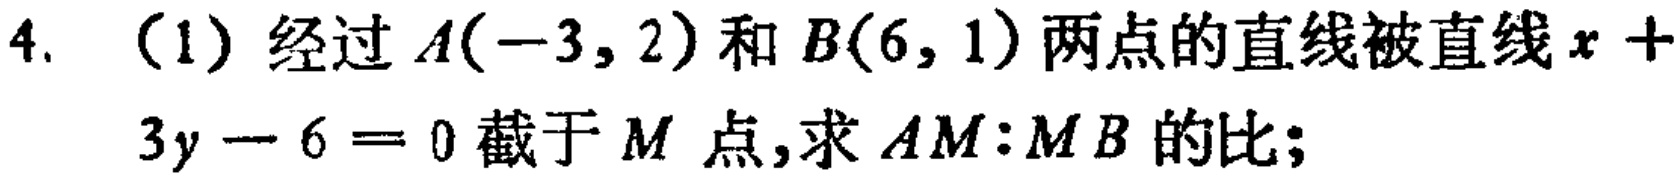
4. （1）经过\(A(-3,2)\)和\(B(6,1)\)两点的直线被直线\(x + 3y - 6 = 0\)截于\(M\)点，求\(AM:MB\)的比；